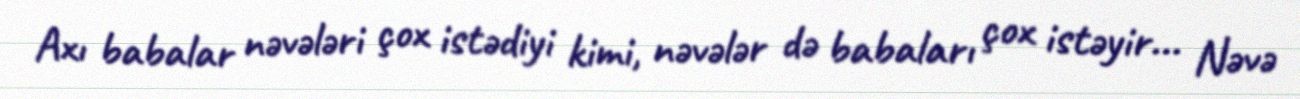
Axı babalar nəvələri çox istədiyi kimi, nəvələr də babaları çox istəyir... Nəvə